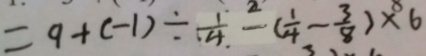
= 9 + ( - 1 ) \div \frac { 1 } { 4 } - ( \frac { 1 } { 4 } - \frac { 3 } { 8 } ) \times 6